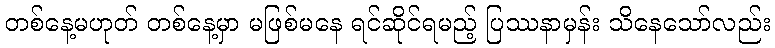
တစ်နေ့မဟုတ် တစ်နေ့မှာ မဖြစ်မနေ ရင်ဆိုင်ရမည့် ပြဿနာမှန်း သိနေသော်လည်း